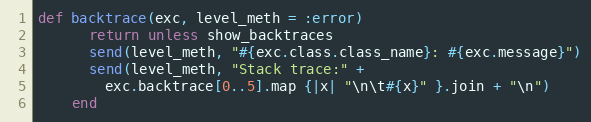
Language: Ruby
def backtrace(exc, level_meth = :error)
      return unless show_backtraces
      send(level_meth, "#{exc.class.class_name}: #{exc.message}")
      send(level_meth, "Stack trace:" +
        exc.backtrace[0..5].map {|x| "\n\t#{x}" }.join + "\n")
    end